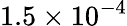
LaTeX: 1.5\times 10^{-4}